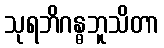
သုရဘိဂန္ဓဘူသိတာ